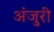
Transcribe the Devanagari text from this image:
अंजुरी